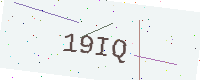
Text: 19IQ